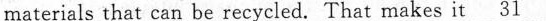
aterials that can be recycled. That makes it\underline{31}